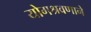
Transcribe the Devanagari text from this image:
योगश्रवणाने